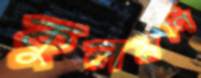
কুলমণি